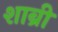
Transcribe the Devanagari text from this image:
शाब्री